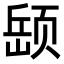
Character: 𫖵